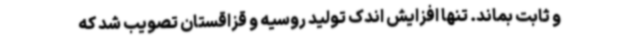
و ثابت بماند. تنها افزایش اندک تولید روسیه و قزاقستان تصویب شد که